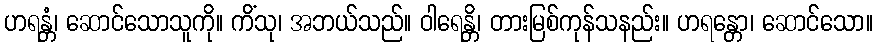
ဟရန္တံ၊ ဆောင်သောသူကို။ ကိံသု၊ အဘယ်သည်။ ဝါရေန္တိ၊ တားမြစ်ကုန်သနည်း။ ဟရန္တော၊ ဆောင်သော။